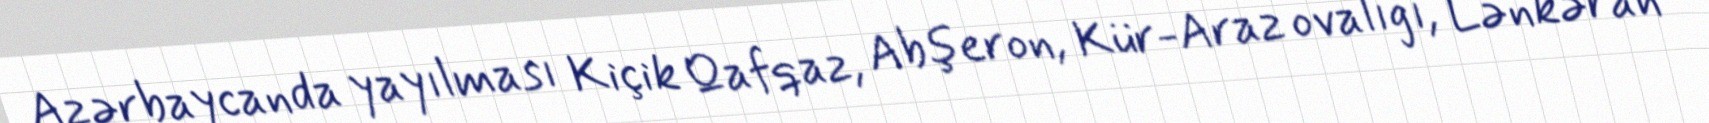
Azərbaycanda yayılması Kiçik Qafqaz, Abşeron, Kür-Araz ovalığı, Lənkəran